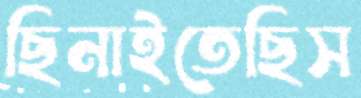
ছিনাইতেছিস